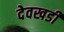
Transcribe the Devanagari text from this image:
देवखडी